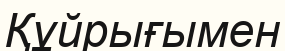
Құйрығымен